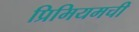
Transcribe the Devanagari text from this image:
प्रिमियमची